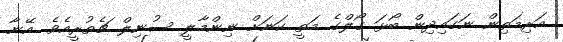
އަރިމަތިން ނަގައިދިން ބޯޅަ ގޯލްގެ މަތީ ކަނަށް ނިންމާލީ ސުނިލް ޗެތުރީއެވެ. އޭނާ